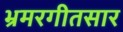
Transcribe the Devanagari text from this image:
भ्रमरगीतसार